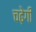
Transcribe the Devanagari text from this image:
चढ़ेगी